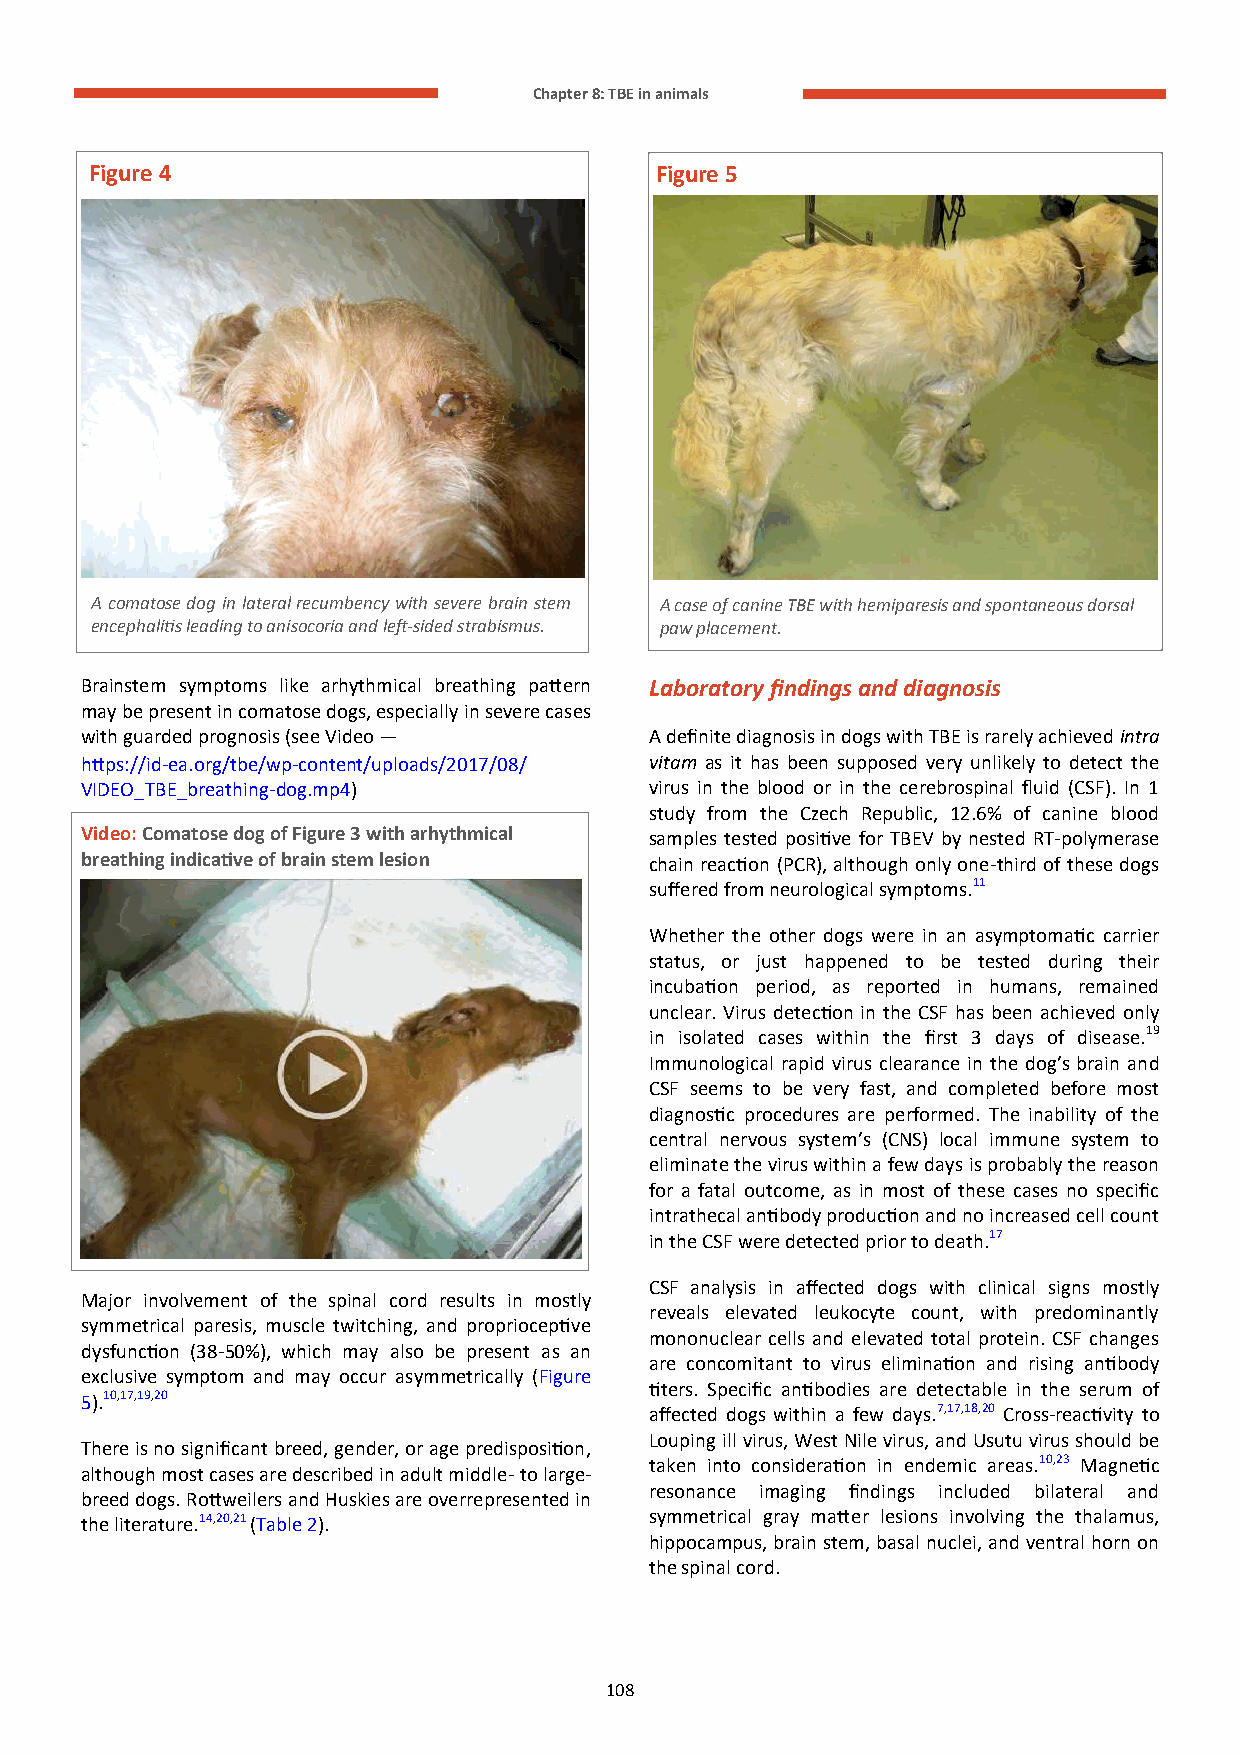
Chapter 8: TBE in animals
 Figure 4                             Figure 5
 A comatose dog in lateral recumbency with severe brain stem A case of canine TBE with hemiparesis and spontaneous dorsal
 encephalitis leading to anisocoria and left-sided strabismus. paw placement.
 Brainstem symptoms like arhythmical breathing pattern Laboratory findings and diagnosis
 may be present in comatose dogs, especially in severe cases
 with guarded prognosis (see Video —   A definite diagnosis in dogs with TBE is rarely achieved intra
 https://id-ea.org/tbe/wp-content/uploads/2017/08/ vitam as it has been supposed very unlikely to detect the
 VIDEO_TBE_breathing-dog.mp4)          virus in the blood or in the cerebrospinal fluid (CSF). In 1
 study from the Czech Republic, 12.6% of canine blood
 Video: Comatose dog of Figure 3 with arhythmical samples tested positive for TBEV by nested RT-polymerase
 breathing indicative of brain stem lesion chain reaction (PCR), although only one-third of these dogs
 suffered from neurological symptoms.11
 Whether the other dogs were in an asymptomatic carrier
 status, or just happened to be tested during their
 incubation period, as reported in humans, remained
 unclear. Virus detection in the CSF has been achieved only
 in isolated cases within the first 3 days of disease.19
 Immunological rapid virus clearance in the dog’s brain and
 CSF seems to be very fast, and completed before most
 diagnostic procedures are performed. The inability of the
 central nervous system’s (CNS) local immune system to
 eliminate the virus within a few days is probably the reason
 for a fatal outcome, as in most of these cases no specific
 intrathecal antibody production and no increased cell count
 in the CSF were detected prior to death.17
 CSF analysis in affected dogs with clinical signs mostly
 Major involvement of the spinal cord results in mostly
 reveals elevated leukocyte count, with predominantly
 symmetrical paresis, muscle twitching, and proprioceptive
 mononuclear cells and elevated total protein. CSF changes
 dysfunction (38-50%), which may also be present as an
 are concomitant to virus elimination and rising antibody
 exclusive symptom and may occur asymmetrically (Figure
 titers. Specific antibodies are detectable in the serum of
 5).10,17,19,20
 affected dogs within a few days.7,17,18,20 Cross-reactivity to
 Louping ill virus, West Nile virus, and Usutu virus should be
 There is no significant breed, gender, or age predisposition,
 taken into consideration in endemic areas.10,23 Magnetic
 although most cases are described in adult middle- to large-
 resonance imaging findings included bilateral and
 breed dogs. Rottweilers and Huskies are overrepresented in
 the literature.14,20,21 (Table 2).    symmetrical gray matter lesions involving the thalamus,
 hippocampus, brain stem, basal nuclei, and ventral horn on
 the spinal cord.
 108